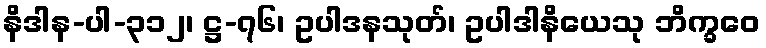
နိဒါန-ပါ-၃၁၂၊ ဋ္ဌ-၇၆၊ ဥပါဒနသုတ်၊ ဥပါဒါနိယေသု ဘိက္ခဝေ